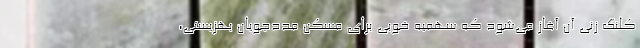
کلنگ زنی آن آغاز می‌شود که سهمیه خوبی برای مسکن مددجویان بهزیستی،